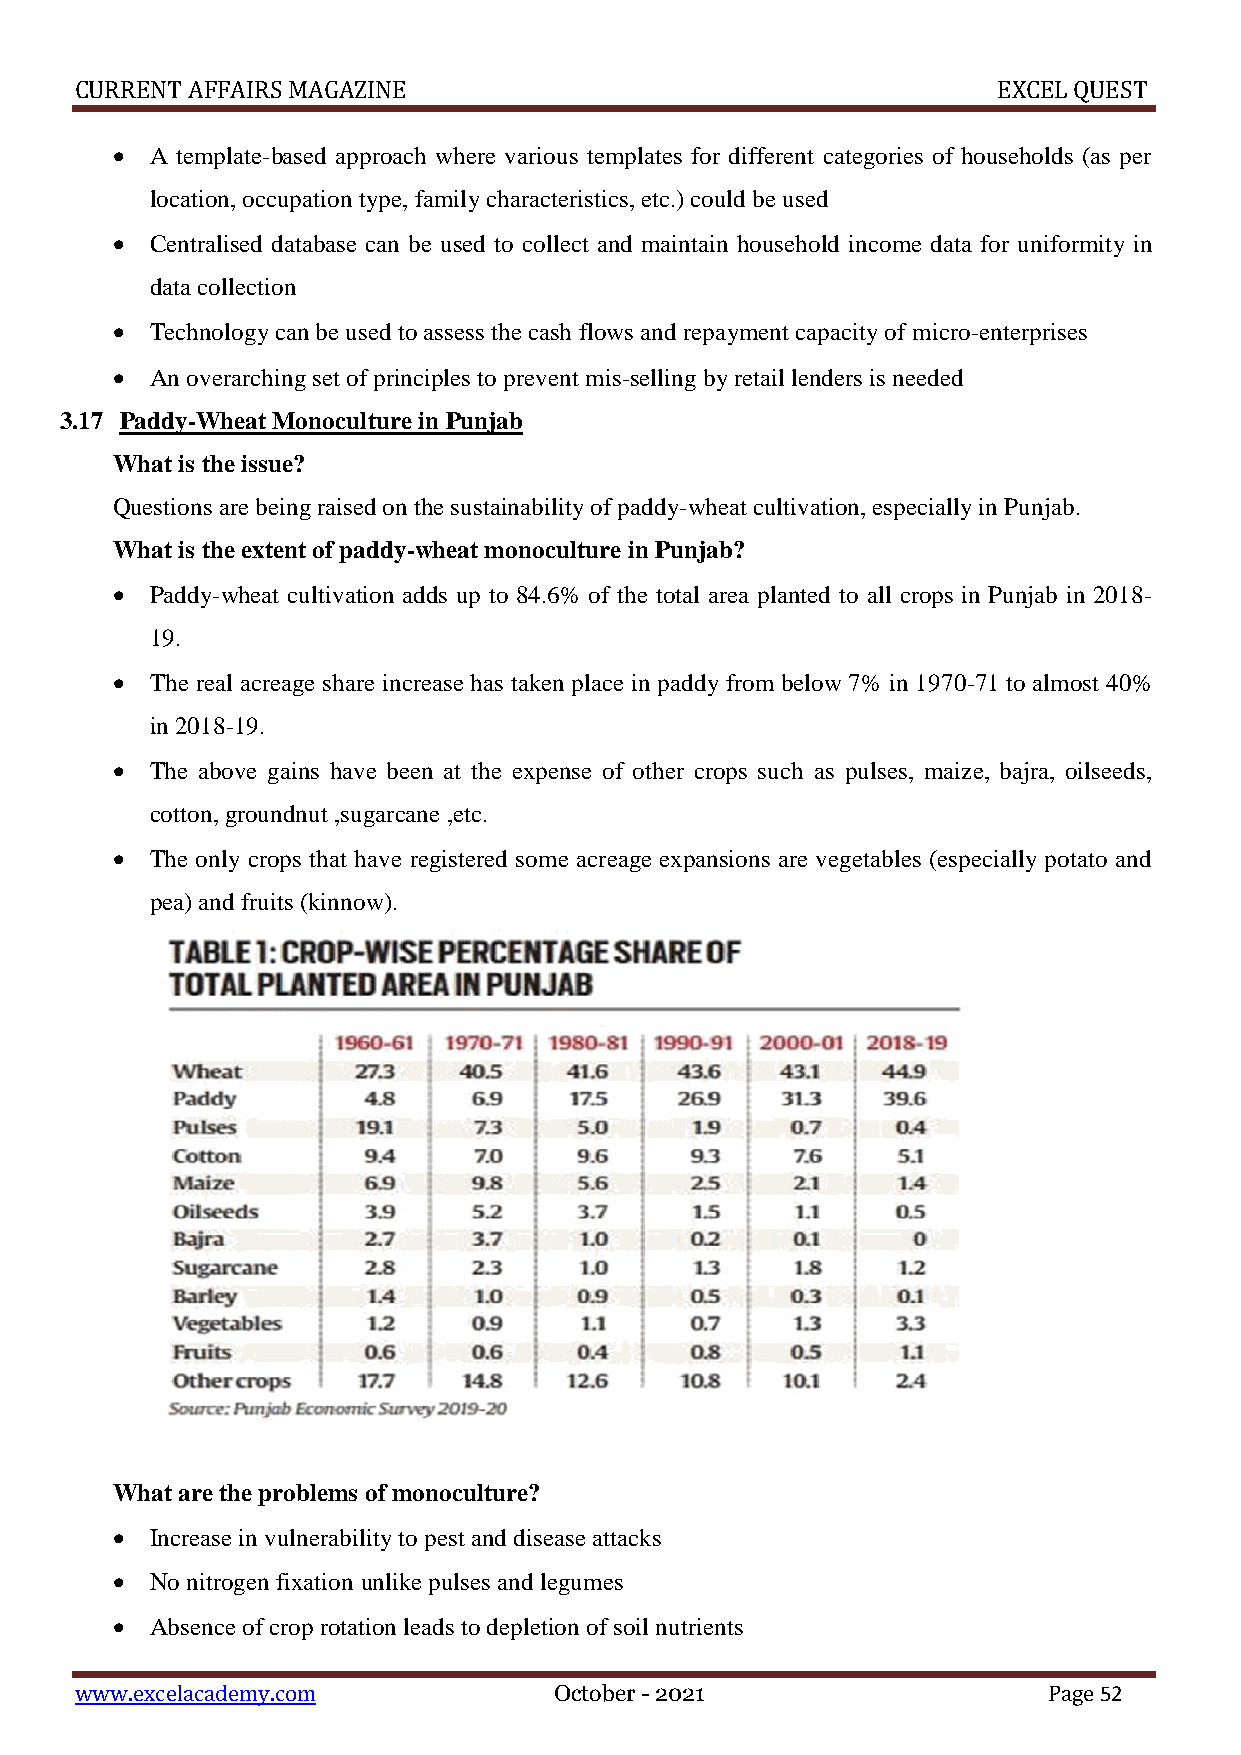
CURRENT AFFAIRS MAGAZINE                                     EXCEL QUEST
   A template-based approach where various templates for different categories of households (as per
 location, occupation type, family characteristics, etc.) could be used
   Centralised database can be used to collect and maintain household income data for uniformity in
 data collection
   Technology can be used to assess the cash flows and repayment capacity of micro-enterprises
   An overarching set of principles to prevent mis-selling by retail lenders is needed
 3.17 Paddy-Wheat Monoculture in Punjab
 What is the issue?
 Questions are being raised on the sustainability of paddy-wheat cultivation, especially in Punjab.
 What is the extent of paddy-wheat monoculture in Punjab?
   Paddy-wheat cultivation adds up to 84.6% of the total area planted to all crops in Punjab in 2018-
 19.
   The real acreage share increase has taken place in paddy from below 7% in 1970-71 to almost 40%
 in 2018-19.
   The above gains have been at the expense of other crops such as pulses, maize, bajra, oilseeds,
 cotton, groundnut ,sugarcane ,etc.
   The only crops that have registered some acreage expansions are vegetables (especially potato and
 pea) and fruits (kinnow).
 What are the problems of monoculture?
   Increase in vulnerability to pest and disease attacks
   No nitrogen fixation unlike pulses and legumes
   Absence of crop rotation leads to depletion of soil nutrients
 www.excelacademy.com            October - 2021                  Page 52